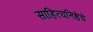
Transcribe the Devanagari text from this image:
साहित्यनिष्ठेचे